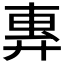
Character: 𫸜